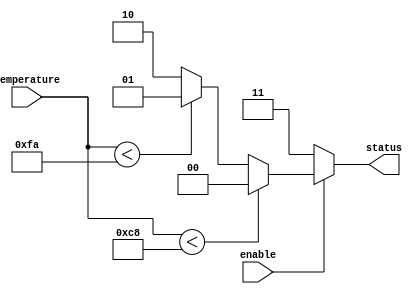
module thermal_encoder (
    input [7:0] temperature,  // 8-bit temperature input
    input enable,              // Enable signal
    output reg [1:0] status    // 2-bit output for Thermal Status
);

    // Define thermal states
    localparam NORMAL   = 2'b00; // Normal temperature state
    localparam WARNING  = 2'b01; // Warning temperature state
    localparam CRITICAL = 2'b10; // Critical temperature state
    localparam INVALID  = 2'b11; // Invalid state

    // Temperature thresholds
    localparam WARNING_THRESHOLD = 8'd200;  // Example threshold for warning
    localparam CRITICAL_THRESHOLD = 8'd250; // Example threshold for critical

    always @(*) begin
        if (!enable) begin
            status = INVALID; // If not enabled, output invalid state
        end else begin
            // Determine thermal status based on the input temperature
            if (temperature < WARNING_THRESHOLD) begin
                status = NORMAL;  // Temperature is normal
            end else if (temperature < CRITICAL_THRESHOLD) begin
                status = WARNING; // Temperature is in warning range
            end else begin
                status = CRITICAL; // Temperature is critical
            end
        end
    end

endmodule